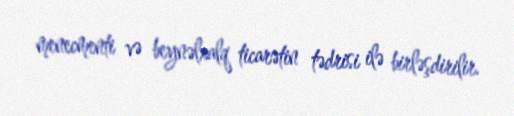
menecmenti və beynəlxalq ticarətin tədrisi ilə birləşdirilir.